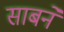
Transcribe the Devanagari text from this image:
साबने